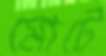
মোটে